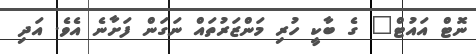
ނޮޓް އައުޓް" ގެ ބާކީ ހުރި މަންޒަރުތައް ނަގަން ފަށާނެ އެވެ. އަދި